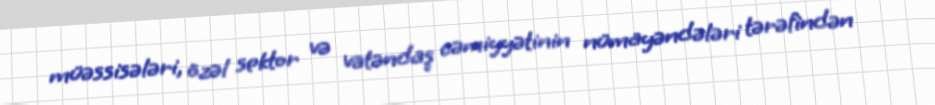
müəssisələri, özəl sektor və vətəndaş cəmiyyətinin nümayəndələri tərəfindən